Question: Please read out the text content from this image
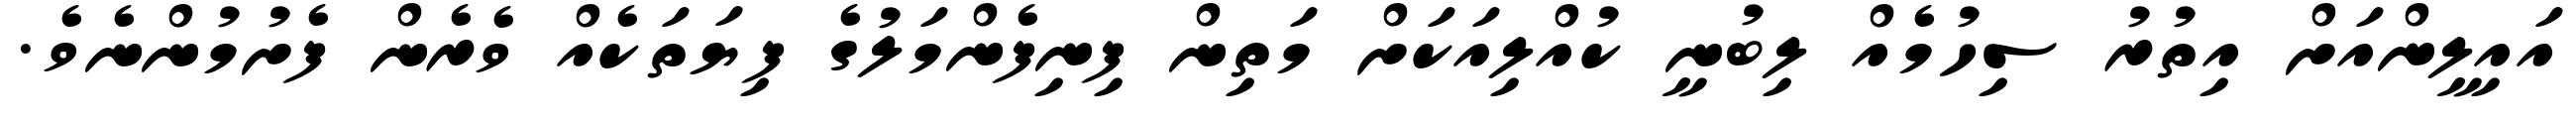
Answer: އައިލީންއަށް އިތުރު ސިހުމެއް ލިބުނީ ކުއްލިއަކަށް މަތިން ފިނިފެންމަލުގެ ފިޔަތަކެއް ވެރެން ފެށުމުންނެވެ.